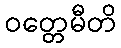
ဝတ္တေမီတိ